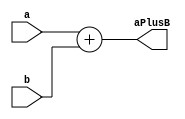
module adder16 (
	input [15:0] a,
	input [15:0] b,
	output [15:0] aPlusB
);

	assign aPlusB = a + b;
	
endmodule